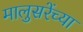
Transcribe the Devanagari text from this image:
मालुसरेंच्या